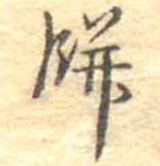
餅